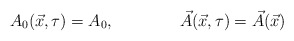
\begin{align*}A_0(\vec{x},\tau)=A_0, \qquad\qquad \vec{A}(\vec{x},\tau)=\vec{A}(\vec{x})\end{align*}